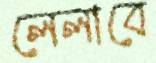
লেলাবে